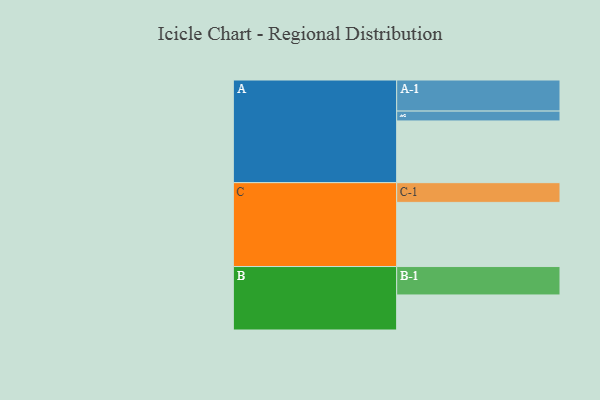
{"axis": {"x": "Segment", "y": "Value"}, "legend": ["", "A", "B", "C"], "data": [{"x": "A", "y": 532, "type": ""}, {"x": "B", "y": 302, "type": ""}, {"x": "C", "y": 553, "type": ""}, {"x": "A-1", "y": 268, "type": "A"}, {"x": "A-2", "y": 85, "type": "A"}, {"x": "B-1", "y": 245, "type": "B"}, {"x": "C-1", "y": 170, "type": "C"}]}